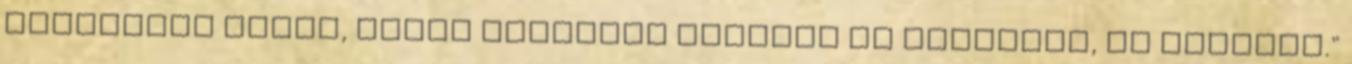
mindenért Urunk, Jézus Krisztus nevében az Istennek, az Atyának."